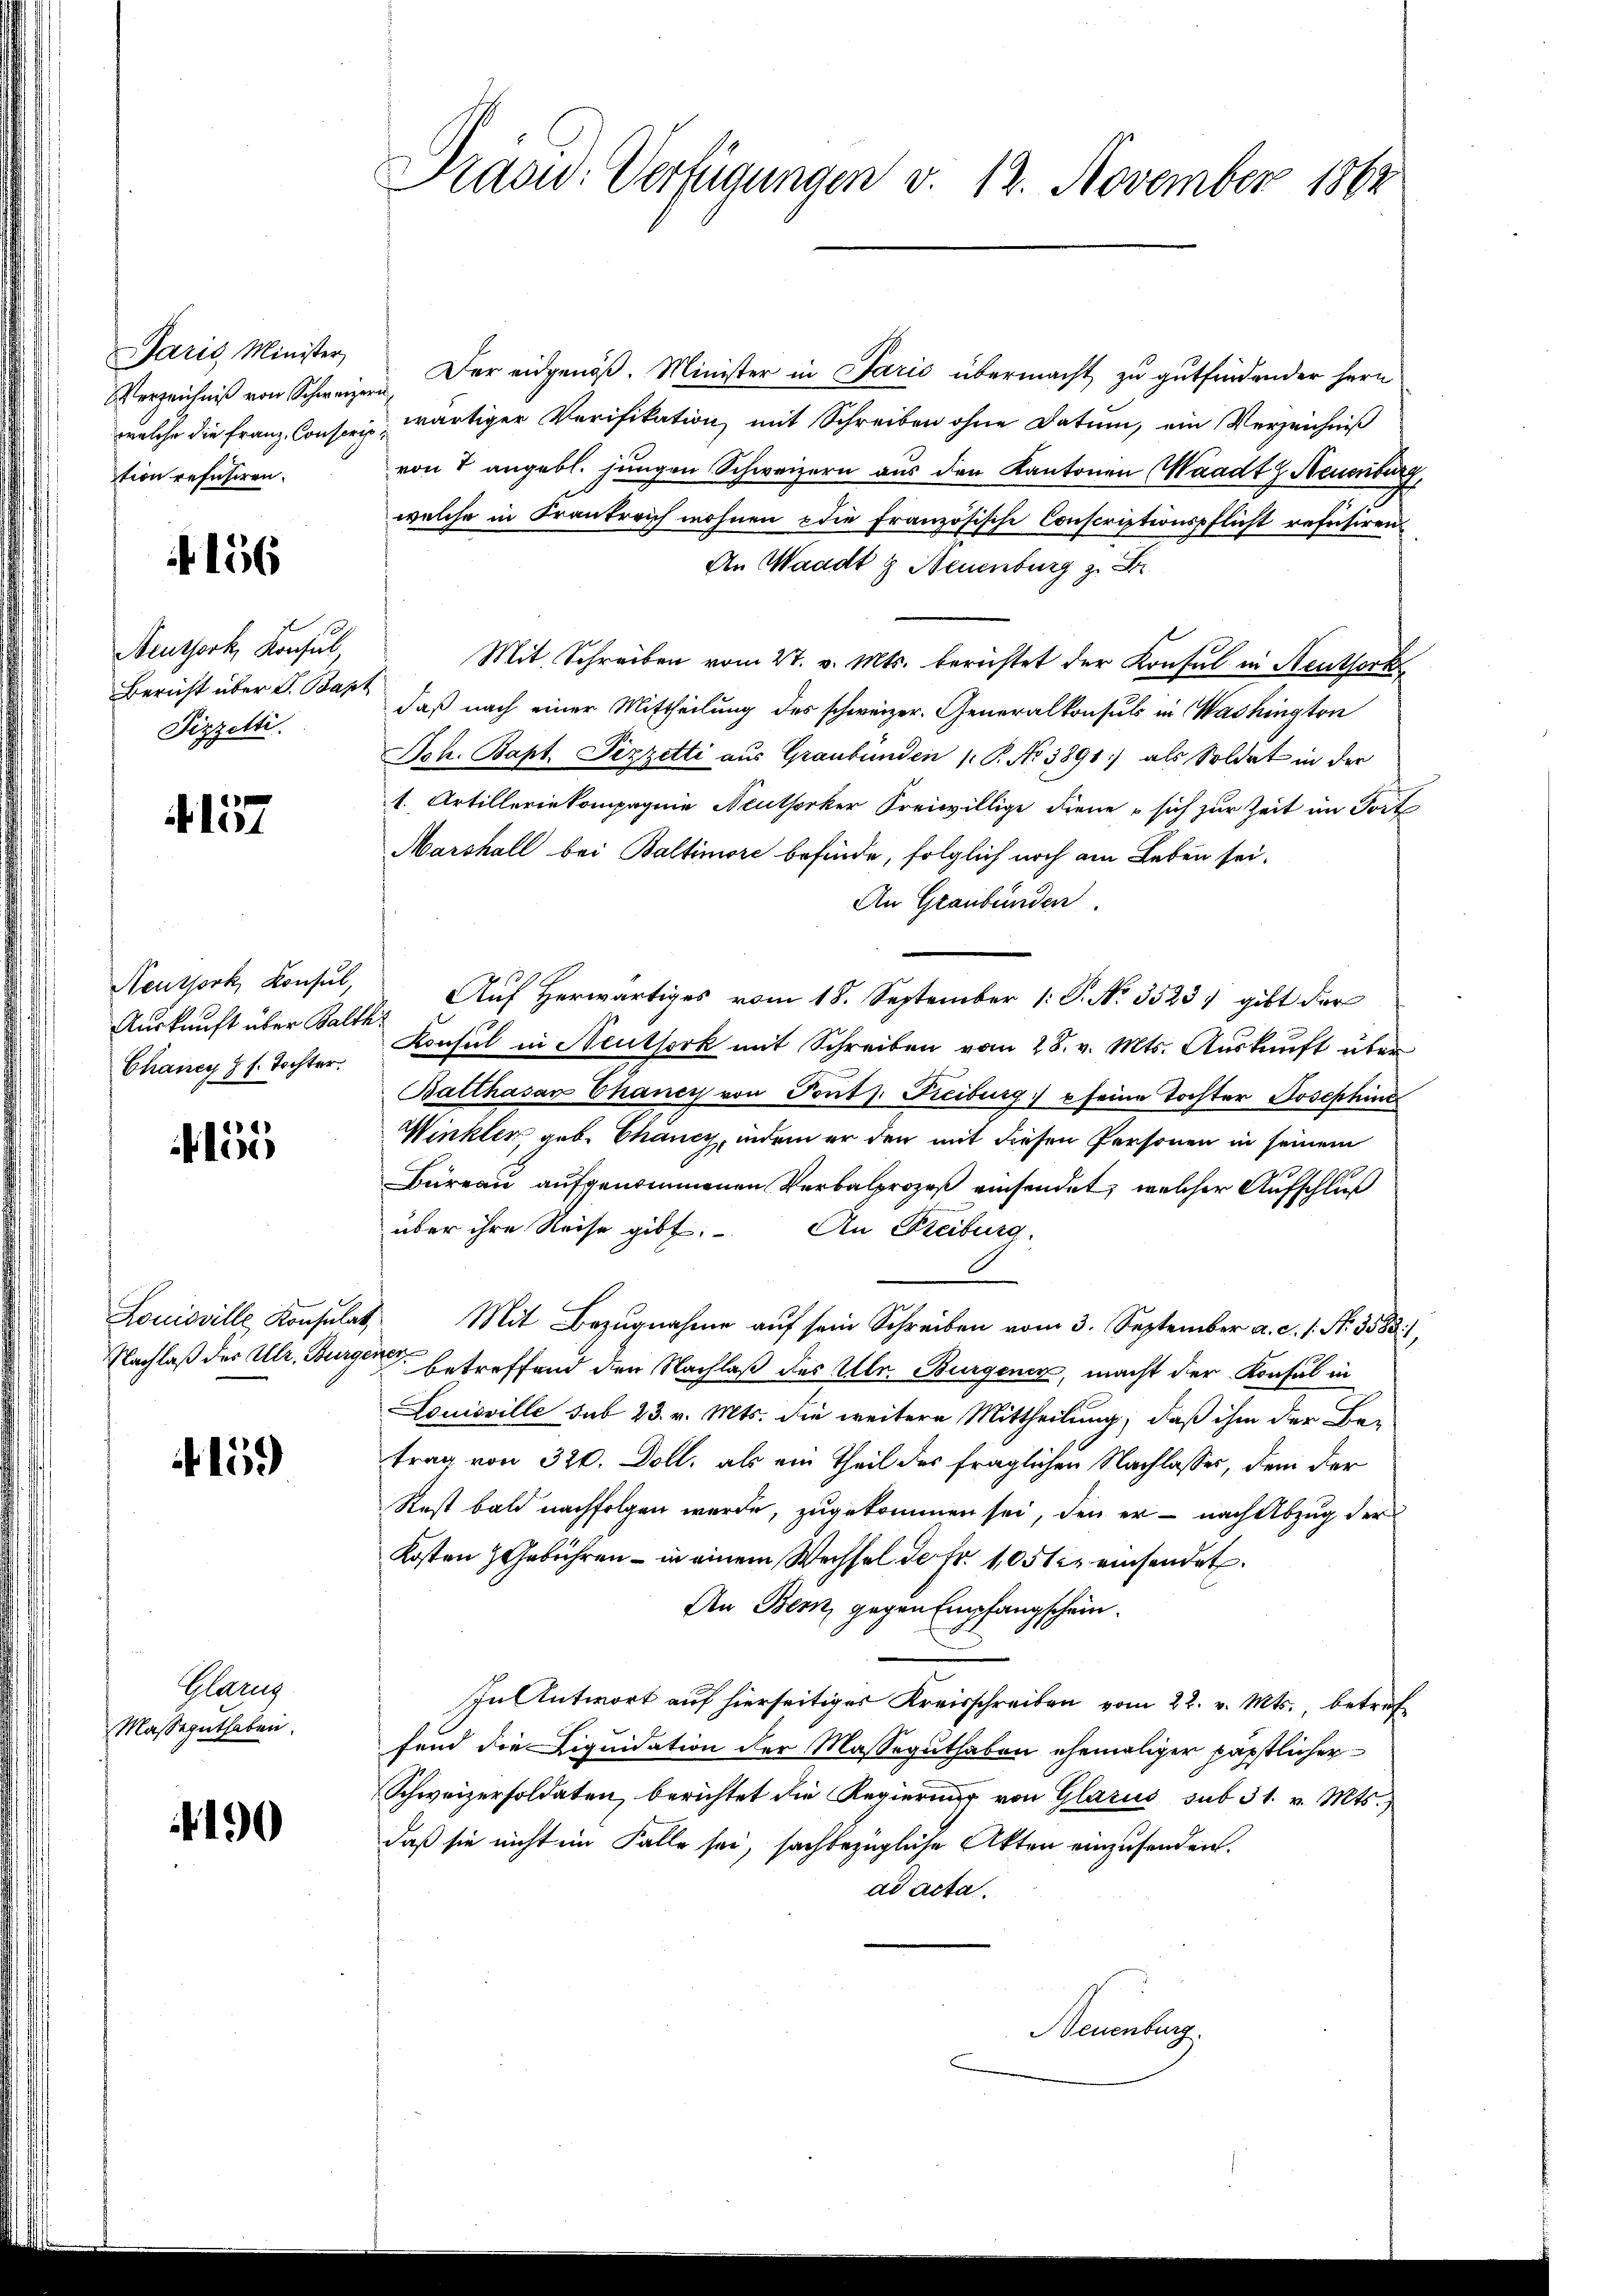
Paris Minister,
Verzeichniß von Schweizer
welche die Franz-Conser
tion refusiren.

156

Aeuthork, Konsul,
Bericht über d. Bap
Pizzelti.

1557

Neussork, Konsul,
Auskunft über Balte
Chancy h s. Tochter.

44)
loe

Louisville Konsulat
Nachlaß der Ulr. Burge

159)

Glarus
Masseguthaben.

190

Kasw. Verfügungen v. 12. November 1862

Der eidgenöß. Minister in Paris übermacht zu gutfindender hern
ch
wärtiger Verifikation mit Schreiben ohne Datum, ein Verzeichniß
von 7 angebl. jungen Schweizern aus den Kantonen (Waadt z. Neuenburg,
welche in Krankreich wohnen die französische Conscriptionspflicht refusiren.
An Waadt g Neuenburg z. B.
Mit Schreiben vom 27. v. Mts. berichtet der Konsul in Neutserk
daß nach einer Mittheilung des schweizer. Generalkonsuls in Washington
Joh. Bapt. Pizzetti aus Graubünden 1. P. Nr. 3891 als Soldat in der
1. Artilleriekompagnie Neuthorker Freiwillige diene, sich zur Zeit im Torte
Marshall bei Baltimore befinde, folglich noch am Leben sei.
An Graubünden
Auf Herwärtiges vom 18. September 1 S. No. 3523 gibt der
c
Konsul in Neuthork mit Schreiben vom 28. v. Mts. Auskunft über
Balthasar Chancy von Pont. Freiburg seine Tochter Josephine
Winkler geb. Chancy, indem er den mit diesen Personen in seinem
Büreau aufgenommenen Verbalprozeß einsendet, welcher Aufschluß
über ihre Reise gibt. An Freiburg.
 Mit Bezugnahme auf sein Schreiben vom 3. September a. c. s. N. 3588/
feg
betreffend den Nachlaß des Ulr. Burgener, macht der Konsul in
Louisville sub 23. v. Mts. die weitere Mittheilung, daß ihm der Be-
trag von 320. Doll, als ein Theil des fraglichen Nachlasses, dem der
Rest bald nachfolgen wurde, zugekommen sei, den er - nach Abzug der
Kosten Gebühren - in einem Wechsel de Fr. 1051 einsendet.
An Bern, gegen Empfangschein.
In Antwort auf hierseitiges Kreisschreiben vom 22. v. Mts. betref
fend die Liquidation der Masseguthaben ehemaliger päpstlicher
Schweizersoldaten, berichtet die Regierung von Glarus sub 31. v. Mts.,
daß sie nicht im Falle sei, sachbezügliche Akten einzusenden.
ad acta.
Neuenburg.